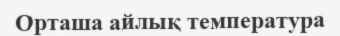
Орташа айлық температура